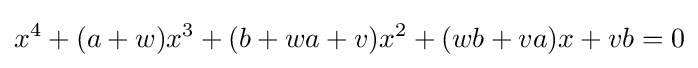
x^{4}+(a+w)x^{3}+(b+wa+v)x^{2}+(wb+va)x+vb=0